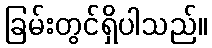
ခြမ်းတွင်ရှိပါသည်။